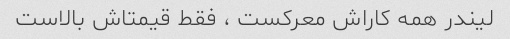
لیندر همه کاراش معرکست ، فقط قیمتاش بالاست